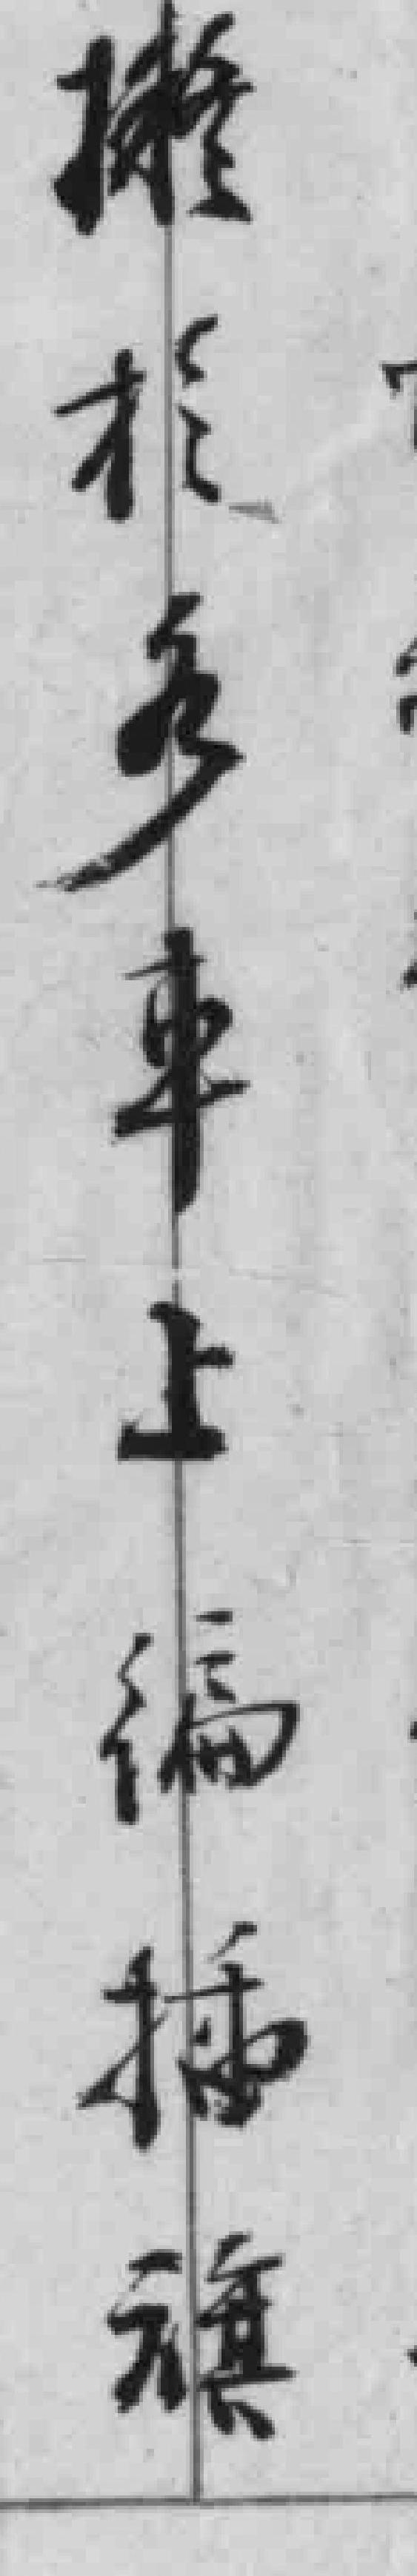
擬于多车上编插旗